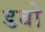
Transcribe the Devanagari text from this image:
डबो